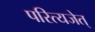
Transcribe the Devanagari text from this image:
परित्यजेत्